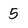
Character: 5